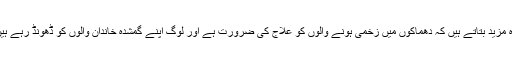
وہ مزید بتاتے ہیں کہ دھماکوں میں زخمی ہونے والوں کو علاج کی ضرورت ہے اور لوگ اپنے گمشدہ خاندان والوں کو ڈھونڈ رہے ہیں۔